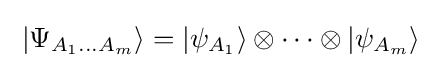
\;|\Psi _{A_{1}\ldots A_{m}}\rangle =|\psi _{A_{1}}\rangle \otimes \cdots \otimes |\psi _{A_{m}}\rangle